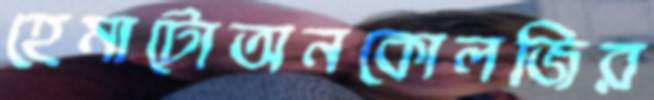
হেমাটোঅনকোলজির